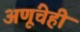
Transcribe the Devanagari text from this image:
अणूंचेही